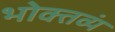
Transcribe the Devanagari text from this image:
भोक्तव्यं